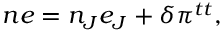
n e = n _ { J } e _ { J } + \delta \pi ^ { t t } ,